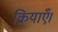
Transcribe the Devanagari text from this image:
क्रियाएँ।